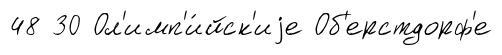
48 30 Ол'имп'и́йск'иjе Об'ерстдорф'е